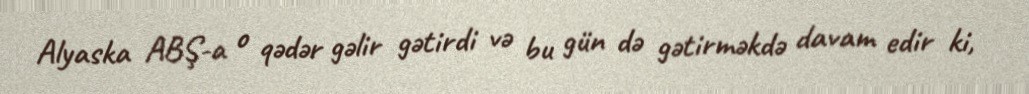
Alyaska ABŞ-a o qədər gəlir gətirdi və bu gün də gətirməkdə davam edir ki,